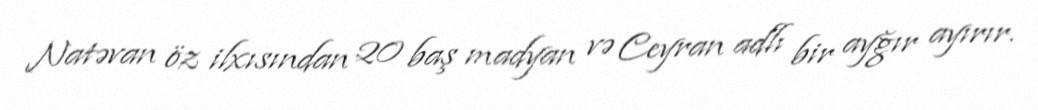
Natəvan öz ilxısından 20 baş madyan və Ceyran adlı bir ayğır ayırır.